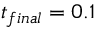
t _ { f i n a l } = 0 . 1